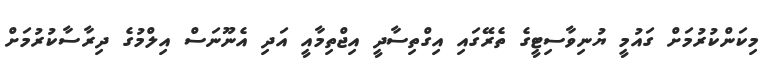
މިކަންކުރުމަށް ގައުމީ ޔުނިވާސިޓީގެ ތެރޭގައި އިގްތިސާދީ އިޖްތިމާއީ އަދި އެނޫނަސް އިލްމުގެ ދިރާސާކުރުމަށް